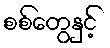
စစ်တွေနှင့်